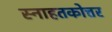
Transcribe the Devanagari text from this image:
स्नाहतकोत्तर